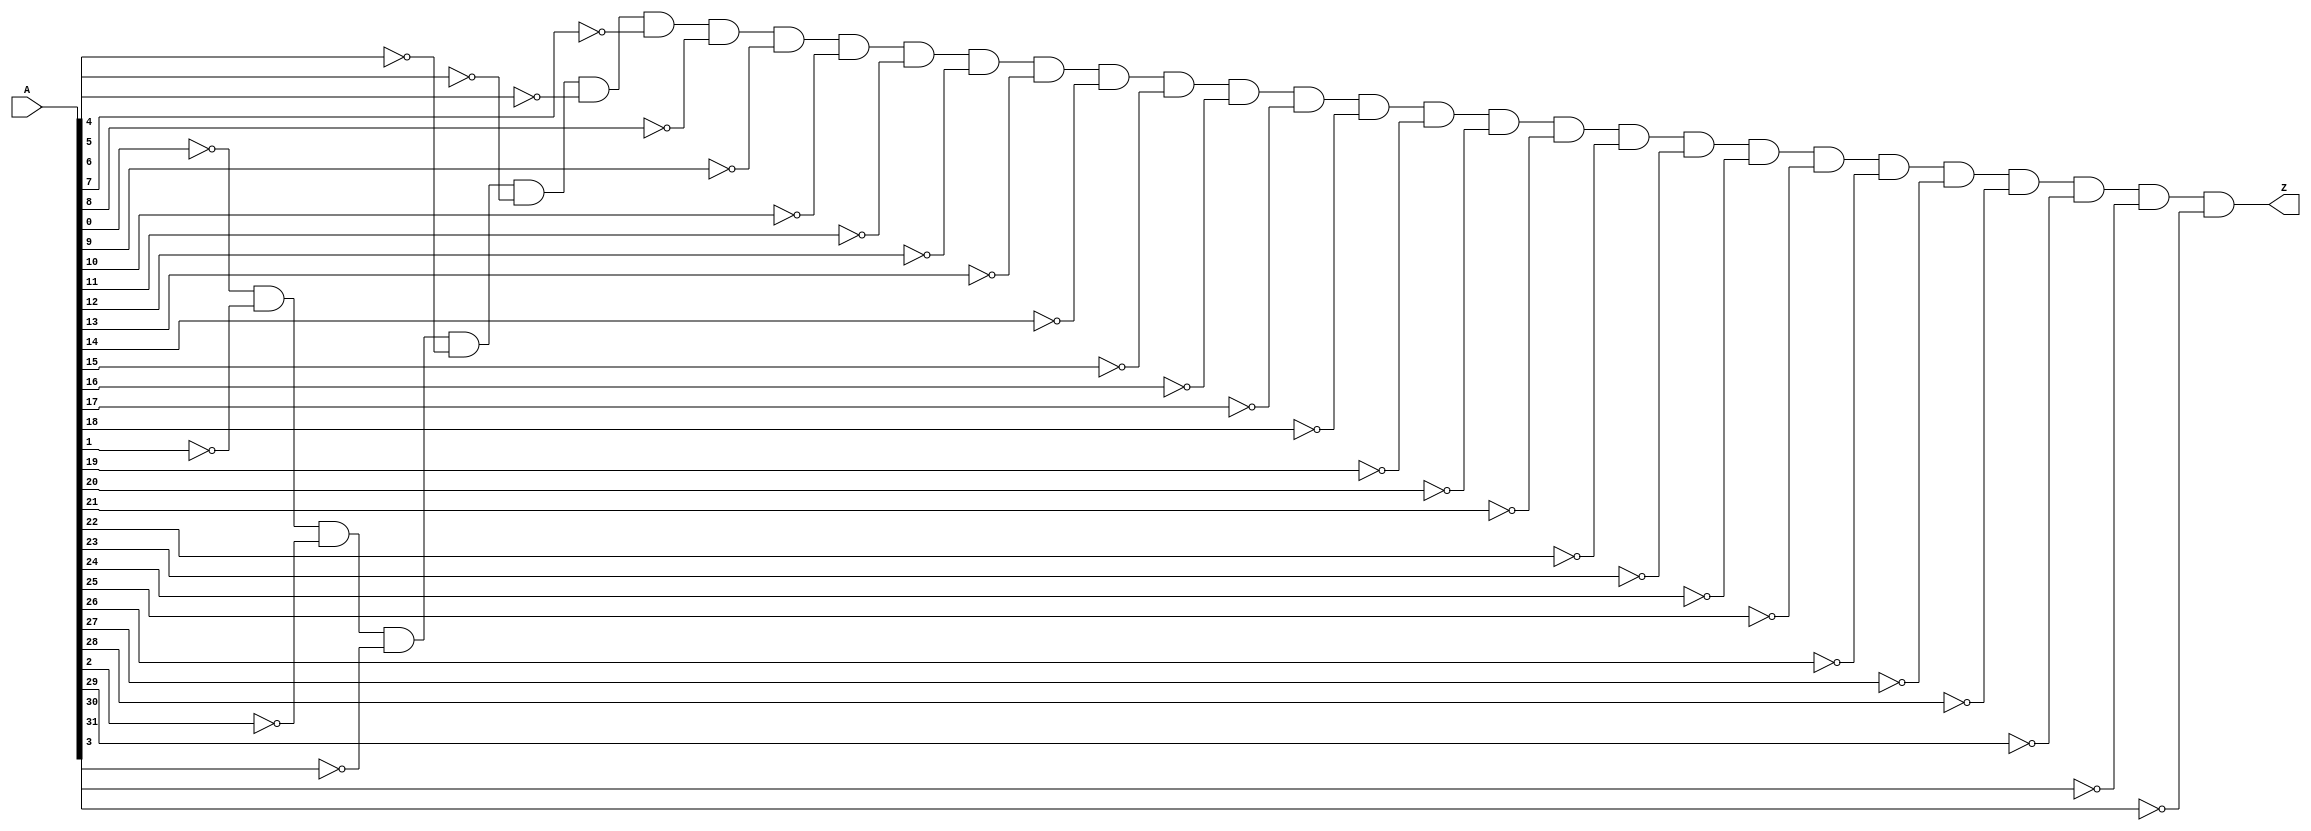
module alu_zero(Z, A);
   output Z;        // Result. 
   input [31:0] A; // Operand.
   wire [31:0] Y; // Temp result.
   
   xnor(Y[0], A[0], 1'b0);
   xnor(Y[1], A[1], 1'b0);
   xnor(Y[2], A[2], 1'b0);
   xnor(Y[3], A[3], 1'b0);
   xnor(Y[4], A[4], 1'b0);
   xnor(Y[5], A[5], 1'b0);
   xnor(Y[6], A[6], 1'b0);
   xnor(Y[7], A[7], 1'b0);
   xnor(Y[8], A[8], 1'b0);
   xnor(Y[9], A[9], 1'b0);
   xnor(Y[10], A[10], 1'b0);
   xnor(Y[11], A[11], 1'b0);
   xnor(Y[12], A[12], 1'b0);
   xnor(Y[13], A[13], 1'b0);
   xnor(Y[14], A[14], 1'b0);
   xnor(Y[15], A[15], 1'b0);
	xnor(Y[16], A[16], 1'b0);
	xnor(Y[17], A[17], 1'b0);
	xnor(Y[18], A[18], 1'b0);
	xnor(Y[19], A[19], 1'b0);
	xnor(Y[20], A[20], 1'b0);
	xnor(Y[21], A[21], 1'b0);
	xnor(Y[22], A[22], 1'b0);
	xnor(Y[23], A[23], 1'b0);
	xnor(Y[24], A[24], 1'b0);
	xnor(Y[25], A[25], 1'b0);
	xnor(Y[26], A[26], 1'b0);
	xnor(Y[27], A[27], 1'b0);
	xnor(Y[28], A[28], 1'b0);
	xnor(Y[29], A[29], 1'b0);
	xnor(Y[30], A[30], 1'b0);
	xnor(Y[31], A[31], 1'b0);

	
   and(Z, Y[0], Y[1], Y[2], Y[3], Y[4],
       Y[5], Y[6], Y[7], Y[8],
       Y[9], Y[10], Y[11], Y[12],
       Y[13], Y[14], Y[15], Y[16], Y[17], Y[18], Y[19],
		 Y[20],Y[21],Y[22],Y[23],Y[24],Y[25],Y[26],Y[27],
		 Y[28],Y[29],Y[30],Y[31]);
		 
endmodule